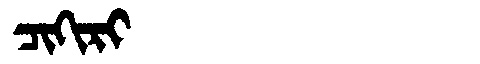
Manchu: ᠴᡳᡴᡳᡵᡳ
Romanization: CIKIRI